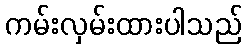
ကမ်းလှမ်းထားပါသည်